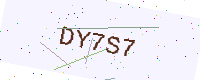
Text: DY7S7